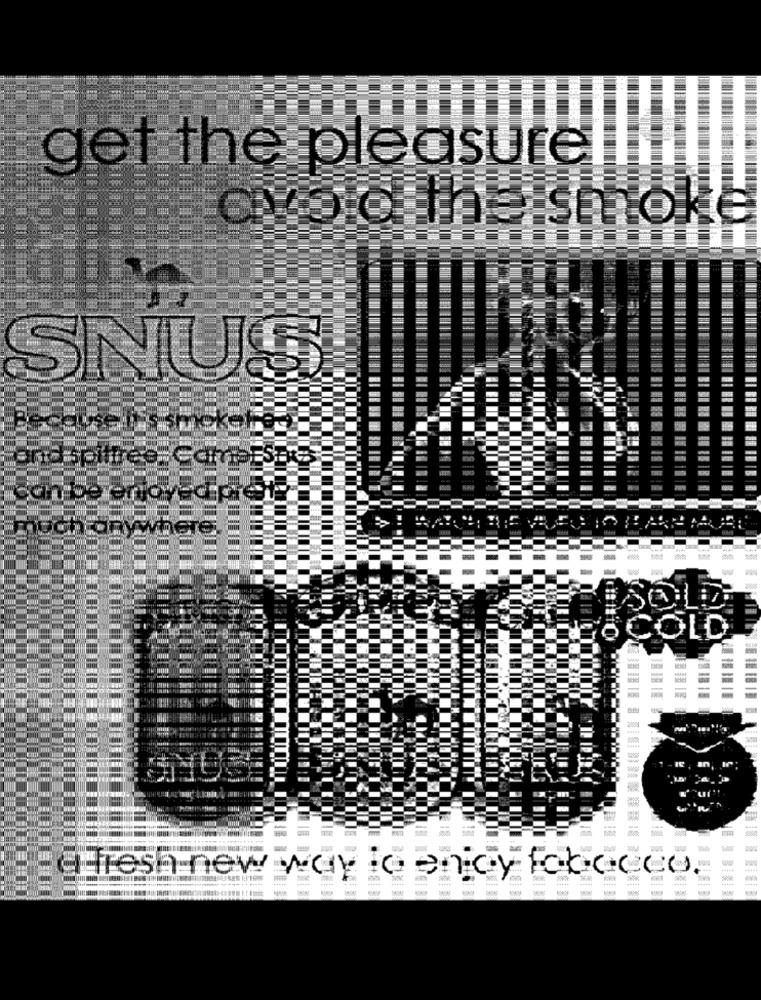
get the pleasurel
SNUS
COLD
afresh new wayto ency tobacco